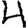
Digit: 4